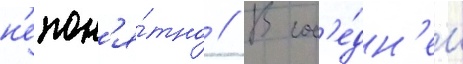
н'епон'я́тно // В сос'е́дн'ем